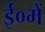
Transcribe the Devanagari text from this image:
ई०में